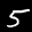
Label: 5